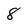
Character: 8